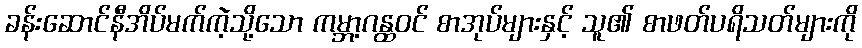
ခန်းဆောင်နီအိပ်မက်ကဲ့သို့သော ကမ္ဘာ့ဂန္ထဝင် စာအုပ်များနှင့် သူ၏ စာဖတ်ပရိသတ်များကို